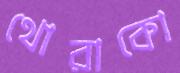
থোরাকো